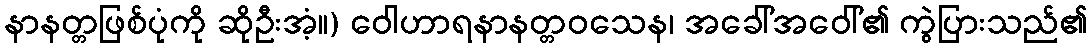
နာနတ္တဖြစ်ပုံကို ဆိုဦးအံ့။) ဝေါဟာရနာနတ္တဝသေန၊ အခေါ်အဝေါ်၏ ကွဲပြားသည်၏